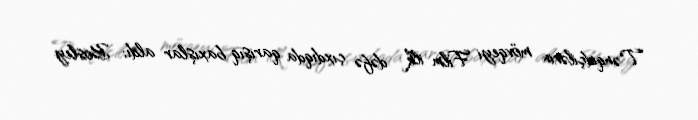
Tənqidçilərin mövqeyi Film ilk dəfə çıxdıqda qarışıq baxışlar aldı; Bosley